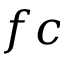
f c